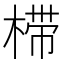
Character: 𰘀